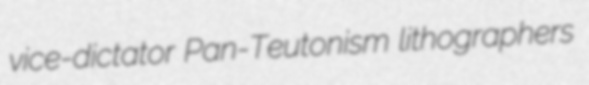
vice-dictator Pan-Teutonism lithographers